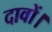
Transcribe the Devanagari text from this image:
दावों।